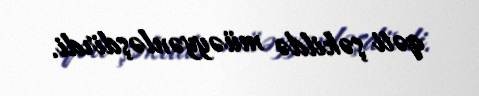
qəti şəkildə müəyyənləşdirdi.